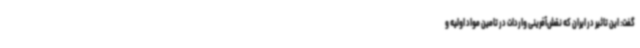
گفت: این تاثیر در ایران که نقش‌آفرینی واردات در تامین مواد اولیه و